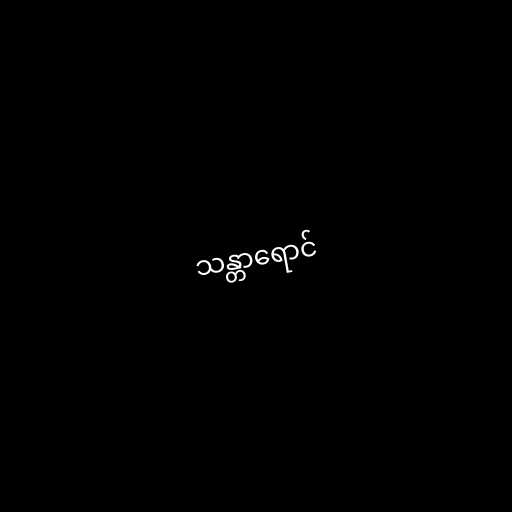
သန္တာရောင်